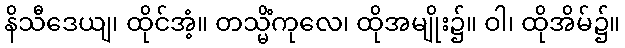
နိသီဒေယျ၊ ထိုင်အံ့။ တသ္မိံကုလေ၊ ထိုအမျိုး၌။ ဝါ၊ ထိုအိမ်၌။